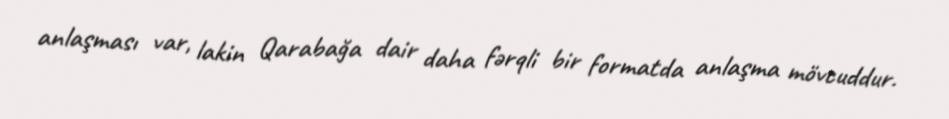
anlaşması var, lakin Qarabağa dair daha fərqli bir formatda anlaşma mövcuddur.